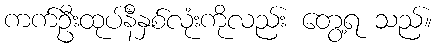
ကက်ဦးထုပ်နီနှစ်လုံးကိုလည်း တွေ့ရ သည်။